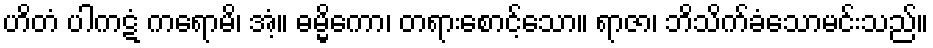
ဟိတံ ပါကဋံ ကရောမိ၊ အံ့။ ဓမ္မိကော၊ တရားစောင့်သော။ ရာဇာ၊ ဘိသိက်ခံသောမင်းသည်။